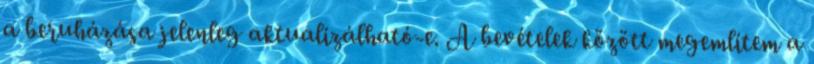
a beruházása jelenleg aktualizálható-e. A bevételek között megemlítem a